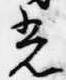
光